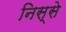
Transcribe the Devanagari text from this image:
निस्से